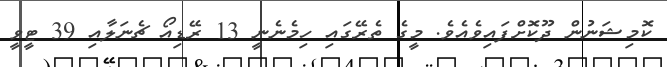
ކޮމިޝަނުން ދޫކޮށްފައިވެއެވެ. މީގެ ތެރޭގައި ހިމެނެނީ 13 ރޭޑިއޯ ޗެނަލާއި 39 ޓީވީ